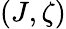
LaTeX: (J,\zeta)